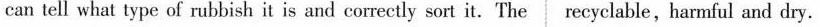
can tell what type of rubbish it is and correctly sort it.The recyclable,harmful and dry.